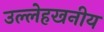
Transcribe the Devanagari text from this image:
उल्लेहखनीय